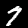
Label: 7